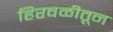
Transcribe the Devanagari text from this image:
हिरवळीतून